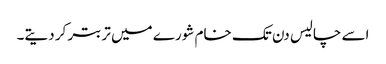
اسے چالیس دن تک خام شورے میں تربتر کر دیتے۔